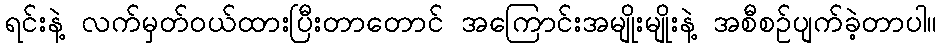
ရင်းနဲ့ လက်မှတ်ဝယ်ထားပြီးတာတောင် အကြောင်းအမျိုးမျိုးနဲ့ အစီစဉ်ပျက်ခဲ့တာပါ။